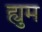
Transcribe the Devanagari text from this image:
ह्युम